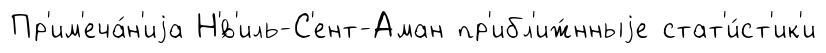
Пр'им'еча́н'иjа Н'́в'иль-С'ент-Аман пр'ибл'иж́нныjе стат'и́ст'ик'и